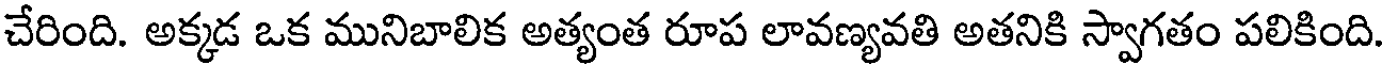
చేరింది. అక్కడ ఒక మునిబాలిక అత్యంత రూప లావణ్యవతి అతనికి స్వాగతం పలికింది